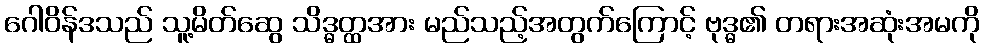
ဂေါဝိန်ဒသည် သူ့မိတ်ဆွေ သိဒ္ဓတ္ထအား မည်သည့်အတွက်ကြောင့် ဗုဒ္ဓ၏ တရားအဆုံးအမကို